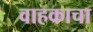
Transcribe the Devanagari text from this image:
वाहकाचा